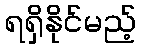
ရရှိနိုင်မည့်